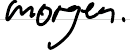
morgen.